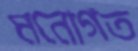
মনোগত